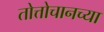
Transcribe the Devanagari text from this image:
तोत्तोचानच्या